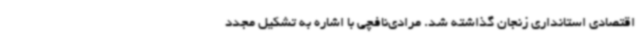
اقتصادی استانداری زنجان گذاشته شد. مرادی‌نافچی با اشاره به تشکیل مجدد